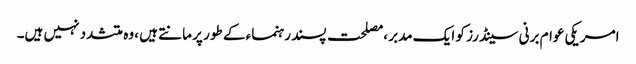
امریکی عوام برنی سینڈرز کو ایک مدبر ،مصلحت پسند رہنماء کے طور پر مانتے ہیں ،وہ متشدد نہیں ہیں۔